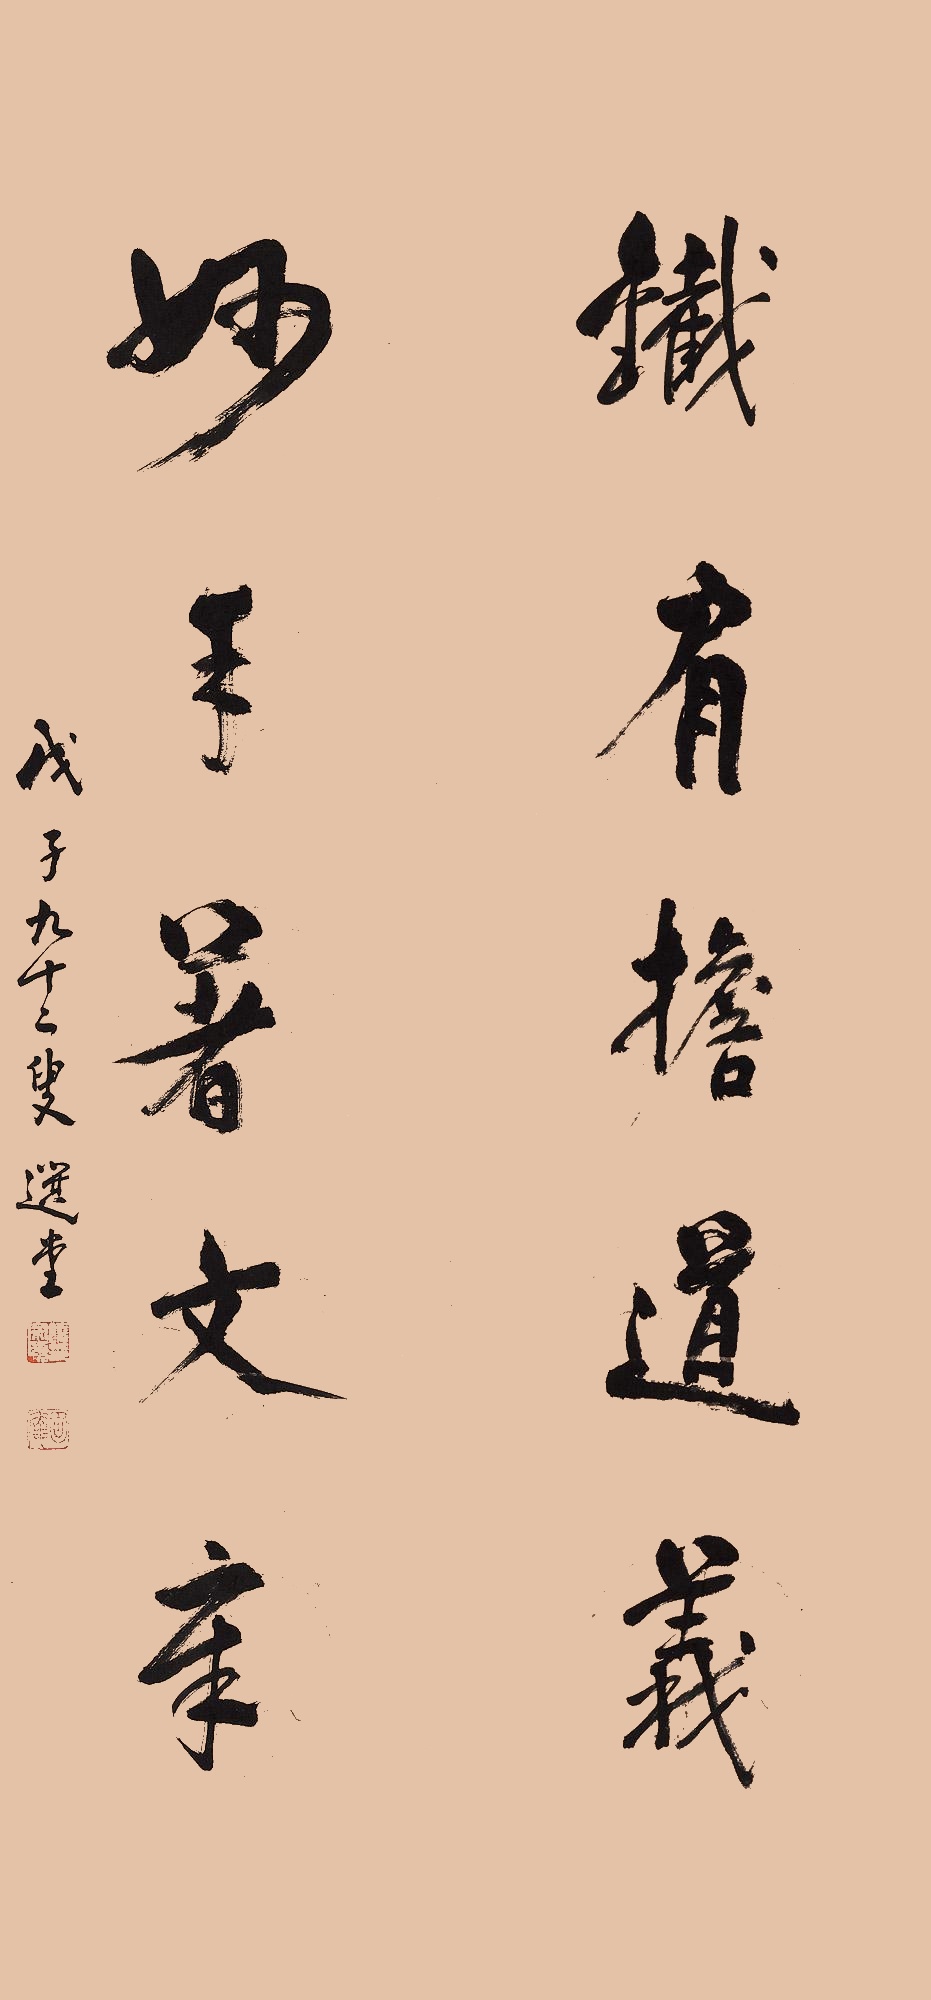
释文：铁肩担道义，妙手著文章。戊子（2008年）九十二叟，选堂。